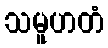
သမူဟတံ